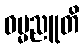
ဓမ္မညူတိ